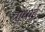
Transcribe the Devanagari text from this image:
वांधाई